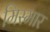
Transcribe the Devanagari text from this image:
मिस्मार